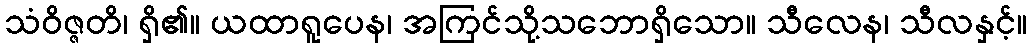
သံဝိဇ္ဇတိ၊ ရှိ၏။ ယထာရူပေန၊ အကြင်သို့သဘောရှိသော။ သီလေန၊ သီလနှင့်။